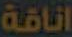
اناقة